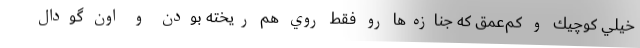
خيلي كوچيك و كم‌عمق كه جنازه‌ها رو فقط روي هم ريخته بودن و اون گودال